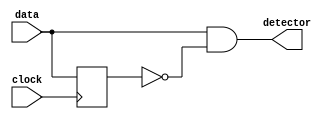
module Positive_Edge_Detector(input data , input clock , output detector);
 reg data_d;
 
 always @ (posedge clock)
  begin
         data_d <= data;
     end
     assign detector = data & ~data_d;            
     endmodule